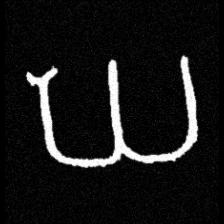
Pyu character \u2014 Myanmar letter: ဃ (romanized: gha)